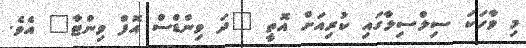
މި ވާހަކަ ސިލްސިލާގައި ކުރިއަށް އޮތީ "ދަ ވިންޑްސް އޮފް ވިންޓާ" އެވެ.